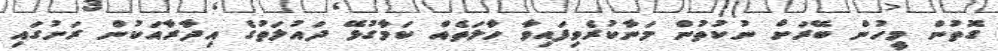
ގޮތުން މީހުން ބޭރަށް ނުކުތުން މަނާކުރެވިފައިވާ ހާލަތެއް ކަމާގުޅޭ ދައުލަތުގެ އިދާރާއަކުން ރަށުގައި